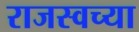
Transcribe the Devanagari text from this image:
राजस्वच्या